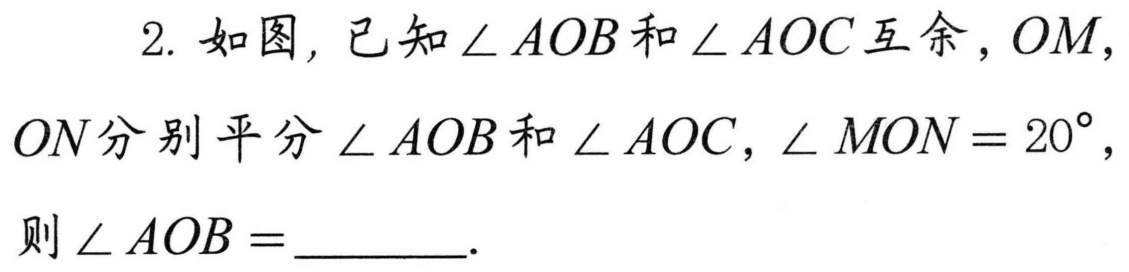
2. 如图，已知 \(\angle AOB\) 和 \(\angle AOC\) 互余，\(OM\)，
\(ON\) 分别平分 \(\angle AOB\) 和 \(\angle AOC\)，\(\angle MON = 20^{\circ}\)，
则 \(\angle AOB=\underline{\quad\quad}\).